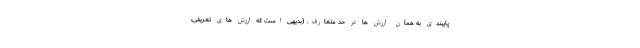
پایبندی به همان ارزش ها در حد متعارف. (بدیهی است که ارزش های تعریفی،